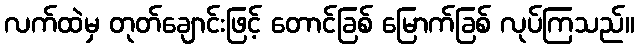
လက်ထဲမှ တုတ်ချောင်းဖြင့် တောင်ခြစ် မြောက်ခြစ် လုပ်ကြသည်။